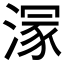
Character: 溕